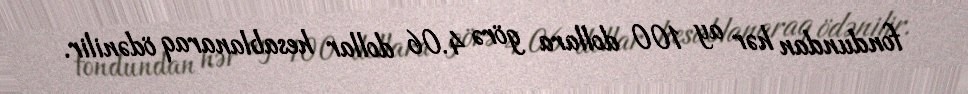
fondundan hər ay 100 dollara görə 4.06 dollar hesablanaraq ödənilir.